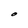
Character: O